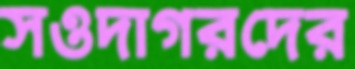
সওদাগরদের